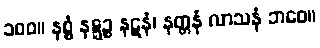
၁၀၀။ နစ္စံ နဋ္ဋဉ္စ နဋနံ၊ နတ္တနံ လာသနံ ဘဝေ။